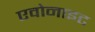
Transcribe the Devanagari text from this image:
एवोनाइट